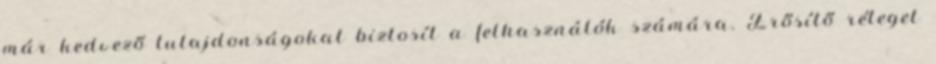
már kedvező tulajdonságokat biztosít a felhasználók számára. Erősítő réteget